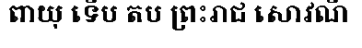
ពាយុ ទើប តប ព្រះរាជ សោវណី